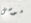
موسى